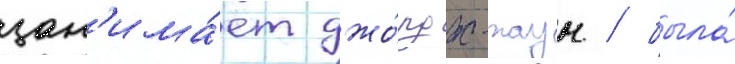
зан'има́ет джо́рдж-таун / была́